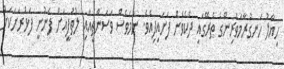
ހިޔާލު ހަނގުރާމަވެރިންގެ ތެރޭގައި ދެކެވެން ފަށައިފިއެވެ. ނަމަވެސް ވަސަންތީއާއި ލުތުފީއަށް ފެނުނީ ފަޅުރަށަކަށް